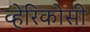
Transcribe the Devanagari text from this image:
व्हेरिकोसी